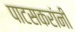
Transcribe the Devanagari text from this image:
पाटसकरांनी